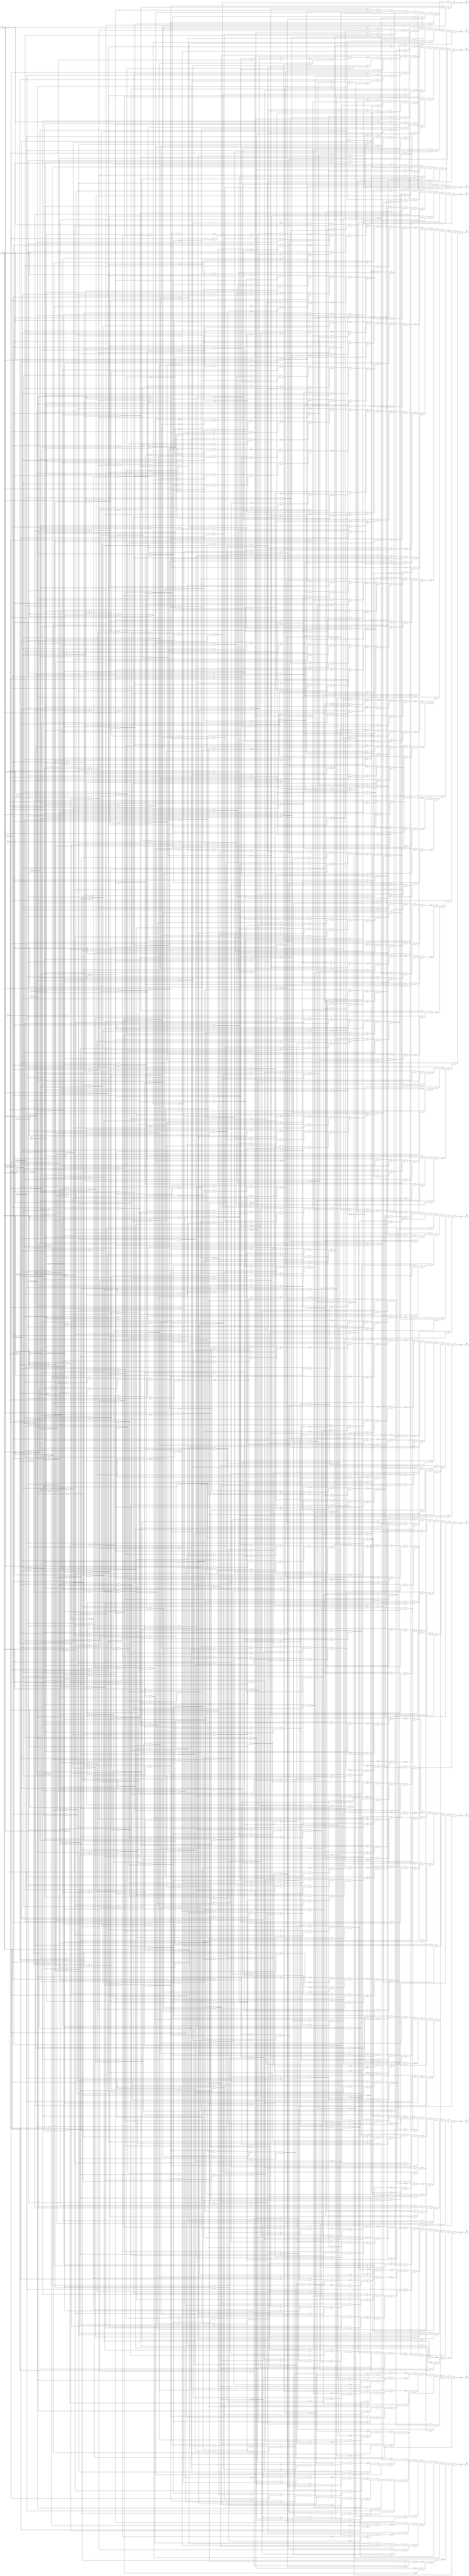
// This program was cloned from: https://github.com/lnis-uofu/OpenFPGA
// License: MIT License

// Benchmark "TOP" written by ABC on Mon Feb  4 17:32:57 2019

module misex3 ( 
    a, b, c, d, e, f, g, h, i, j, k, l, m, n,
    r2, s2, t2, u2, n2, o2, p2, q2, h2, i2, j2, k2, m2, l2  );
  input  a, b, c, d, e, f, g, h, i, j, k, l, m, n;
  output r2, s2, t2, u2, n2, o2, p2, q2, h2, i2, j2, k2, m2, l2;
  wire n42, n43, n44, n45, n46, n47, n48, n49, n50, n51, n52, n53, n54, n55,
    n56, n57, n58, n59, n60, n61, n62, n63, n64, n65, n66, n67, n68, n69,
    n70, n71, n72, n73, n74, n75, n76, n77, n78, n79, n80, n81, n82, n83,
    n84, n85, n86, n87, n88, n89, n90, n91, n92, n93, n94, n95, n96, n97,
    n98, n99, n100, n101, n102, n103, n104, n105, n106, n107, n108, n109,
    n110, n111, n112, n113, n114, n115, n116, n117, n118, n119, n120, n121,
    n122, n123, n124, n125, n126, n127, n128, n129, n130, n131, n132, n133,
    n134, n135, n136, n137, n138, n139, n140, n141, n142, n143, n144, n145,
    n146, n147, n148, n149, n150, n151, n152, n153, n154, n155, n156, n157,
    n158, n159, n160, n161, n162, n163, n164, n165, n166, n167, n168, n169,
    n170, n171, n172, n173, n174, n175, n176, n177, n178, n179, n180, n181,
    n182, n183, n184, n185, n186, n187, n188, n189, n190, n191, n192, n193,
    n194, n195, n196, n197, n198, n199, n200, n201, n202, n203, n204, n205,
    n206, n207, n208, n209, n210, n211, n212, n213, n214, n215, n216, n217,
    n218, n219, n220, n221, n222, n223, n224, n225, n226, n227, n228, n229,
    n230, n231, n232, n233, n234, n235, n236, n237, n238, n239, n240, n241,
    n242, n243, n244, n245, n246, n247, n248, n249, n250, n251, n252, n253,
    n254, n255, n256, n257, n258, n259, n260, n261, n262, n263, n264, n265,
    n266, n267, n268, n269, n270, n271, n272, n273, n274, n275, n276, n277,
    n278, n279, n280, n281, n282, n283, n284, n285, n286, n287, n288, n289,
    n290, n291, n292, n293, n294, n295, n296, n297, n298, n299, n300, n301,
    n302, n303, n304, n305, n306, n307, n308, n309, n310, n311, n312, n313,
    n314, n315, n316, n317, n318, n319, n320, n321, n322, n323, n324, n325,
    n326, n327, n328, n329, n330, n331, n332, n333, n334, n335, n336, n337,
    n338, n339, n340, n341, n342, n343, n344, n345, n346, n347, n348, n349,
    n350, n351, n352, n353, n354, n355, n356, n357, n358, n359, n360, n361,
    n362, n363, n364, n365, n366, n367, n368, n369, n370, n371, n372, n373,
    n374, n375, n376, n377, n378, n379, n380, n381, n382, n383, n384, n385,
    n386, n387, n388, n389, n390, n391, n392, n393, n394, n395, n396, n397,
    n398, n399, n400, n401, n402, n403, n404, n405, n406, n407, n408, n409,
    n410, n411, n412, n413, n414, n415, n416, n417, n418, n419, n420, n421,
    n422, n423, n424, n425, n426, n427, n428, n429, n430, n431, n432, n433,
    n434, n435, n436, n437, n438, n439, n440, n441, n442, n443, n444, n445,
    n446, n447, n448, n449, n450, n451, n452, n453, n454, n455, n456, n457,
    n458, n459, n460, n461, n462, n463, n464, n465, n466, n467, n468, n469,
    n470, n471, n472, n473, n474, n475, n476, n477, n478, n479, n480, n481,
    n482, n483, n484, n485, n486, n487, n488, n489, n490, n491, n492, n493,
    n494, n495, n496, n497, n498, n499, n500, n501, n502, n503, n504, n505,
    n506, n507, n508, n509, n510, n511, n512, n513, n514, n515, n516, n517,
    n518, n519, n520, n521, n522, n523, n524, n525, n526, n527, n528, n529,
    n530, n531, n532, n533, n534, n535, n536, n537, n538, n539, n540, n541,
    n542, n543, n544, n545, n546, n547, n548, n549, n550, n551, n552, n553,
    n554, n555, n556, n557, n558, n559, n560, n561, n562, n563, n564, n565,
    n566, n567, n568, n569, n570, n571, n572, n573, n574, n575, n576, n577,
    n578, n579, n580, n581, n582, n583, n584, n585, n586, n587, n588, n589,
    n590, n591, n592, n593, n594, n595, n596, n597, n598, n599, n600, n601,
    n602, n603, n604, n605, n606, n607, n608, n609, n610, n611, n612, n613,
    n614, n615, n616, n617, n618, n619, n620, n621, n622, n623, n624, n625,
    n626, n627, n628, n629, n630, n631, n632, n633, n634, n635, n636, n637,
    n638, n639, n640, n641, n642, n643, n644, n645, n646, n647, n648, n649,
    n650, n651, n652, n653, n654, n655, n656, n657, n658, n659, n660, n661,
    n662, n663, n664, n665, n666, n667, n668, n669, n670, n671, n672, n673,
    n674, n675, n676, n677, n678, n679, n680, n681, n682, n683, n684, n685,
    n686, n687, n688, n689, n690, n691, n692, n693, n694, n695, n696, n697,
    n698, n699, n700, n701, n702, n703, n704, n705, n706, n707, n708, n709,
    n710, n711, n712, n713, n714, n715, n716, n717, n718, n719, n720, n721,
    n722, n723, n724, n725, n726, n727, n728, n729, n730, n731, n732, n733,
    n734, n735, n736, n737, n738, n739, n740, n741, n742, n743, n744, n745,
    n746, n747, n748, n749, n750, n751, n752, n753, n754, n755, n756, n757,
    n758, n759, n760, n761, n762;
  assign r2 = ~n293;
  assign s2 = ~n74;
  assign t2 = ~n217;
  assign u2 = ~n148;
  assign n2 = ~n68;
  assign o2 = ~n62;
  assign p2 = ~n388;
  assign q2 = ~n349;
  assign h2 = ~n56;
  assign i2 = ~n569;
  assign j2 = ~n55;
  assign k2 = ~n50;
  assign m2 = ~n456;
  assign l2 = ~n757 | ~n759 | n46 | ~n747 | n44 | n45 | n42 | n43;
  assign n42 = f & (~n680 | ~n739 | ~n740);
  assign n43 = ~f & (n475 | n476 | ~n735);
  assign n44 = ~n & (~n722 | ~n724 | ~n728);
  assign n45 = n & (~n518 | ~n730 | ~n731);
  assign n46 = n548 | ~n744 | n544 | n547 | n542 | ~n543 | ~n540 | n541;
  assign n47 = n675 | n676 | n372 | i | l;
  assign n48 = n438 | n549 | n189;
  assign n49 = n434 & n662 & n661 & n51 & n437 & n439;
  assign n50 = n49 & n47 & n48;
  assign n51 = n657 & n573 & n656 & n431 & n425 & n428;
  assign n52 = n443 & n442 & n440 & n441;
  assign n53 = n675 | n189 | n438;
  assign n54 = n179 | n480 | n550 | n551;
  assign n55 = n54 & n53 & n51 & n52;
  assign n56 = n579 & n578 & n577 & n576 & n575 & n574 & n572 & n573;
  assign n57 = (n95 | n408) & (n409 | n88);
  assign n58 = n96 | n121;
  assign n59 = n648 & ~n404 & n361 & n402;
  assign n60 = n83 | n317;
  assign n61 = (n362 | n300) & (n363 | n426);
  assign n62 = ~n416 & ~n415 & ~n414 & n61 & n60 & n59 & n57 & n58;
  assign n63 = j | n243 | n119 | n591;
  assign n64 = (n177 | n362) & (n684 | n409);
  assign n65 = ~n297 & (n95 | n253 | n298);
  assign n66 = n620 & n619 & n572 & n618 & n617 & n69 & n574 & n211;
  assign n67 = ~n422 & (n591 | (n710 & n711));
  assign n68 = ~n420 & ~n419 & n67 & n66 & n65 & n64 & n59 & n63;
  assign n69 = n92 | n407 | n91;
  assign n70 = n595 | n92;
  assign n71 = n264 | ~d | n248;
  assign n72 = n701 & (n236 | n79);
  assign n73 = n232 & (n152 | n632);
  assign n74 = ~n267 & ~n266 & ~n265 & n73 & n72 & n71 & n69 & n70;
  assign n75 = ~h | ~k;
  assign n76 = n75 | l;
  assign n77 = n623 | ~n658;
  assign n78 = ~n167 & (n77 | ~n586);
  assign n79 = ~c | n459;
  assign n80 = e | n521;
  assign n81 = n612 & n302;
  assign n82 = n81 & n79 & n80;
  assign n83 = ~k | n199;
  assign n84 = m | j | ~l;
  assign n85 = n83 & (~n | n84);
  assign n86 = n684 | n83;
  assign n87 = (n192 | n605) & (n206 | n604);
  assign n88 = ~g | n603;
  assign n89 = n86 & n87 & (n85 | n88);
  assign n90 = (n110 | n156) & (n113 | n275);
  assign n91 = ~i | n538;
  assign n92 = ~a | n521;
  assign n93 = n90 & (n91 | n92);
  assign n94 = ~g | n600;
  assign n95 = n285 & n397;
  assign n96 = ~k | n167;
  assign n97 = n96 | n94 | n95;
  assign n98 = n601 | n199;
  assign n99 = ~i | n368;
  assign n100 = n98 & (~n | n99);
  assign n101 = ~h | n538;
  assign n102 = ~n | n129;
  assign n103 = h | n538;
  assign n104 = (n100 | n103) & (n101 | n102);
  assign n105 = ~g | n249;
  assign n106 = h | n197;
  assign n107 = (n100 | n106) & (n102 | n105);
  assign n108 = ~k | n179;
  assign n109 = n108 & (n | n84);
  assign n110 = n608 & n287 & n607;
  assign n111 = (n101 | n92) & (n110 | n105);
  assign n112 = n135 | n119;
  assign n113 = n218 & n295;
  assign n114 = ~g | n393;
  assign n115 = n112 & n111 & (n113 | n114);
  assign n116 = (n110 | n164) & (n113 | n189);
  assign n117 = e | n609;
  assign n118 = n116 & (n92 | n117);
  assign n119 = ~a | n271;
  assign n120 = ~e | n609;
  assign n121 = n118 & (n119 | n120);
  assign n122 = (n110 | n106) & (n113 | n202);
  assign n123 = n122 & (n92 | n103);
  assign n124 = n153 | n399;
  assign n125 = ~n610 | ~g | n237;
  assign n126 = j | n154;
  assign n127 = ~i | n609;
  assign n128 = n124 & n125 & (n126 | n127);
  assign n129 = n401 & n512 & n527 & n760;
  assign n130 = (n106 | n99) & (n129 | n105);
  assign n131 = n519 | ~i | n121;
  assign n132 = (n123 | n588) & (n95 | n128);
  assign n133 = ~e | n271;
  assign n134 = n131 & n132 & (n130 | n133);
  assign n135 = ~h | n243;
  assign n136 = h | n243;
  assign n137 = (n100 | n136) & (n135 | n102);
  assign n138 = ~n137 & (~n625 | (b & ~n479));
  assign n139 = ~n89 & (~n325 | ~n606);
  assign n140 = ~n167 & (~n683 | (~n121 & ~n601));
  assign n141 = ~n95 & (~n687 | (~n96 & ~n127));
  assign n142 = n133 | n601 | n179 | n106;
  assign n143 = n590 | n591;
  assign n144 = n136 | n587 | n588;
  assign n145 = ~n139 & ~n140 & (n | n134);
  assign n146 = (n93 | n591) & (n104 | n616);
  assign n147 = n688 & (n107 | n269);
  assign n148 = n147 & n146 & n145 & n144 & n143 & n142 & n66 & ~n138;
  assign n149 = n689 | n108;
  assign n150 = (n372 | n193) & (n613 | n624);
  assign n151 = ~f | n603;
  assign n152 = n149 & n150 & (n109 | n151);
  assign n153 = ~m | n611;
  assign n154 = ~l | ~m;
  assign n155 = n153 & (i | n154);
  assign n156 = ~i | n197;
  assign n157 = j | n197;
  assign n158 = n156 & n157;
  assign n159 = (n155 | n105) & (n158 | n589);
  assign n160 = n690 & (n164 | n126);
  assign n161 = n644 & n647;
  assign n162 = i | n197;
  assign n163 = n159 & n160 & (n161 | n162);
  assign n164 = g | n249;
  assign n165 = (n164 | n96) & (n | n163);
  assign n166 = n75 | ~m | n;
  assign n167 = ~m | n;
  assign n168 = ~l | ~h | j;
  assign n169 = n166 & (n167 | n168);
  assign n170 = ~f | n243;
  assign n171 = ~e | n196;
  assign n172 = (n169 | n171) & (~n78 | n170);
  assign n173 = n196 | d | n169;
  assign n174 = d | n197;
  assign n175 = n173 & (~n78 | n174);
  assign n176 = j | n75;
  assign n177 = n176 & (i | n75);
  assign n178 = n299 & n300 & n76 & n177;
  assign n179 = m | n;
  assign n180 = j | n603;
  assign n181 = ~l | n179;
  assign n182 = (n180 | n181) & (n178 | n179);
  assign n183 = ~e | n615;
  assign n184 = ~n | n183;
  assign n185 = (n99 | n184) & (n98 | n183);
  assign n186 = ~n184 & ~n761 & (~n114 | ~n189);
  assign n187 = ~n186 & (n185 | (n202 & n676));
  assign n188 = n183 | n391;
  assign n189 = g | n393;
  assign n190 = n187 & (n188 | (n114 & n189));
  assign n191 = (n206 | n624) & (n689 | n83);
  assign n192 = k | n199;
  assign n193 = ~j | n249;
  assign n194 = n191 & (n192 | n193);
  assign n195 = n194 & (n85 | n151);
  assign n196 = ~f | g;
  assign n197 = ~f | ~g;
  assign n198 = (n169 | n196) & (~n78 | n197);
  assign n199 = m | ~n;
  assign n200 = ~l | n199;
  assign n201 = (n180 | n200) & (n178 | n199);
  assign n202 = h | n570;
  assign n203 = (n100 | n202) & (n102 | n114);
  assign n204 = n203 & (n201 | (n170 & n171));
  assign n205 = n691 & n692 & (n85 | n314);
  assign n206 = l | n199;
  assign n207 = ~k | n393;
  assign n208 = n89 & n205 & (n206 | n207);
  assign n209 = ~n152 & (~n133 | ~n430);
  assign n210 = n595 | n599;
  assign n211 = n595 | n353;
  assign n212 = n693 & (~e | n195 | n324);
  assign n213 = ~n209 & (n285 | (n165 & n595));
  assign n214 = n208 | n315;
  assign n215 = (n172 | n119) & (n175 | n287);
  assign n216 = n694 & (n182 | n302);
  assign n217 = n216 & n190 & n215 & n214 & n213 & n212 & n210 & n211;
  assign n218 = ~a | n560;
  assign n219 = n167 | n218;
  assign n220 = (n168 | n219) & (n218 | n166);
  assign n221 = ~n658 | ~n586 | n623;
  assign n222 = ~f & ~n538;
  assign n223 = ~n219 & n221 & (n222 | ~n261);
  assign n224 = e | n488;
  assign n225 = e | n196;
  assign n226 = ~n223 & (n220 | (n224 & n225));
  assign n227 = n393 | ~j | n372;
  assign n228 = (n613 | n207) & (n109 | n314);
  assign n229 = n640 & n643;
  assign n230 = n227 & n228 & (n229 | n108);
  assign n231 = ~e | n626;
  assign n232 = n190 & n226 & (n230 | n231);
  assign n233 = ~n83 & (~n252 | ~n639);
  assign n234 = (n192 | n322) & (n256 | n206);
  assign n235 = g | n603;
  assign n236 = ~n233 & n234 & (n85 | n235);
  assign n237 = k | n154;
  assign n238 = (i | n161) & (~j | n237);
  assign n239 = ~n591 & (~n91 | (~j & ~n538));
  assign n240 = ~n239 & (n | (n699 & n700));
  assign n241 = n165 & n240 & (n96 | n117);
  assign n242 = ~i | n243;
  assign n243 = ~e | ~g;
  assign n244 = n242 & (j | n243);
  assign n245 = n96 | n120;
  assign n246 = n697 & (n120 | n126);
  assign n247 = n696 & n695 & (n244 | n589);
  assign n248 = n245 & (n | (n246 & n247));
  assign n249 = ~f | ~h;
  assign n250 = n249 | n102 | e;
  assign n251 = n629 & n88;
  assign n252 = j | n609;
  assign n253 = i | n602;
  assign n254 = ~g | n360;
  assign n255 = n254 & n253 & n251 & n252;
  assign n256 = g | n75;
  assign n257 = n698 & (n376 | (n628 & n649));
  assign n258 = (n94 | n96) & (n629 | n630);
  assign n259 = ~l | n167;
  assign n260 = n257 & n258 & (n255 | n259);
  assign n261 = ~f | n538;
  assign n262 = (n169 | n225) & (~n78 | n261);
  assign n263 = ~n260 & (~n655 | (d & ~n524));
  assign n264 = a | ~b;
  assign n265 = ~n201 & (~n325 | (~n261 & ~n616));
  assign n266 = ~n352 & (~n262 | n263);
  assign n267 = ~n526 & (~n250 | (~n100 & ~n631));
  assign n268 = n344 & (n83 | n633);
  assign n269 = ~b | n598;
  assign n270 = n268 & (n194 | n269);
  assign n271 = ~c | d;
  assign n272 = n79 & (~f | n271);
  assign n273 = (n100 | n634) & (n164 | n102);
  assign n274 = n273 & n107;
  assign n275 = ~i | n570;
  assign n276 = j | n570;
  assign n277 = n275 & n276;
  assign n278 = (n155 | n114) & (n277 | n589);
  assign n279 = n749 & (n189 | n126);
  assign n280 = i | n570;
  assign n281 = n278 & n279 & (n161 | n280);
  assign n282 = (n96 | n189) & (n | n281);
  assign n283 = n286 | g | n169;
  assign n284 = n283 & (d | ~n78 | n243);
  assign n285 = ~e | n264;
  assign n286 = d | ~e;
  assign n287 = c | ~a | ~b;
  assign n288 = n285 & (n286 | n287);
  assign n289 = (n236 | n635) & (n104 | n616);
  assign n290 = (n260 | n288) & (n284 | ~n545);
  assign n291 = n107 | n315;
  assign n292 = (n182 | n272) & (n274 | n625);
  assign n293 = n292 & n291 & n290 & n289 & n270 & n232;
  assign n294 = n123 & (n119 | n136);
  assign n295 = n596 & n594;
  assign n296 = n112 & n111 & (n295 | n114);
  assign n297 = ~n636 & (~n355 | (~n167 & ~n296));
  assign n298 = n | n126;
  assign n299 = ~h | n360;
  assign n300 = ~k | n603;
  assign n301 = n180 & n300 & n299 & n176;
  assign n302 = ~c | n524;
  assign n303 = n302 & (~c | n196);
  assign n304 = (n113 | n646) & (~j | n645);
  assign n305 = ~j | n197;
  assign n306 = n304 & (n110 | n305);
  assign n307 = n121 & (n95 | n94);
  assign n308 = ~n95 & ~n644 & (~n88 | ~n660);
  assign n309 = ~n308 & (n329 | n339 | n435);
  assign n310 = (n118 | n126) & (n306 | n237);
  assign n311 = ~l | n519;
  assign n312 = n309 & n310 & (n307 | n311);
  assign n313 = n183 & n390;
  assign n314 = f | n603;
  assign n315 = ~b | n286;
  assign n316 = (n314 | n315) & (n313 | n235);
  assign n317 = n633 & n316;
  assign n318 = (n80 & (~n | n371)) | (n & n371);
  assign n319 = (n88 | n318) & (~n | n317);
  assign n320 = n393 | ~j | n315;
  assign n321 = n269 | n193;
  assign n322 = ~j | n609;
  assign n323 = n320 & n321 & (n313 | n322);
  assign n324 = b | ~c;
  assign n325 = ~f | n324;
  assign n326 = (n315 | n643) & (n313 | n252);
  assign n327 = j | n249;
  assign n328 = n326 & (n269 | n327);
  assign n329 = ~h | n621;
  assign n330 = n328 & (n325 | n329);
  assign n331 = (n316 | n84) & (n330 | n435);
  assign n332 = m | k | ~l;
  assign n333 = n331 & (n323 | n332);
  assign n334 = (n315 | n640) & (n313 | n639);
  assign n335 = i | n249;
  assign n336 = n334 & (n269 | n335);
  assign n337 = ~n199 & (~n336 | (~n253 & ~n371));
  assign n338 = ~n337 & (n80 | n179 | n253);
  assign n339 = n303 & n637;
  assign n340 = (n339 | n181) & (n325 | n200);
  assign n341 = ~n318 & (~n704 | (~n332 & ~n605));
  assign n342 = n243 | n490 | ~j | n119;
  assign n343 = n298 | n119 | n120;
  assign n344 = n633 | ~n | n84;
  assign n345 = n705 & (n301 | n340);
  assign n346 = n65 & (n319 | n435);
  assign n347 = (n312 & (~n | n333)) | (n & n333);
  assign n348 = (n682 | n641) & (n338 | n433);
  assign n349 = n348 & n347 & n346 & n345 & n344 & n343 & ~n341 & n342;
  assign n350 = (n113 | n280) & (i | n645);
  assign n351 = n350 & (n110 | n162);
  assign n352 = ~a | n324;
  assign n353 = ~b | n597;
  assign n354 = n353 & n287 & n352;
  assign n355 = n114 | n219;
  assign n356 = (n599 | n105) & (n295 | n114);
  assign n357 = n112 & (n92 | (n105 & n101));
  assign n358 = n355 & (n167 | (n356 & n357));
  assign n359 = n707 & (n285 | n630 | n605);
  assign n360 = ~j | k;
  assign n361 = n359 & (n358 | n360);
  assign n362 = (n339 | n179) & (n325 | n199);
  assign n363 = (n339 | n108) & (n325 | n83);
  assign n364 = ~n88 & (~n706 | (~n167 & ~n433));
  assign n365 = ~n364 & (n629 | (n259 & n630));
  assign n366 = n365 & (n96 | n322);
  assign n367 = n519 | n | n121;
  assign n368 = ~k | m;
  assign n369 = (n253 | n318) & (~n | n336);
  assign n370 = n367 & (n368 | (n369 & n319));
  assign n371 = n395 & n315 & n606;
  assign n372 = k | n179;
  assign n373 = (n372 | n80) & (n371 | n192);
  assign n374 = ~i | k | ~l | n167;
  assign n375 = ~k | ~n610;
  assign n376 = l | n167;
  assign n377 = n374 & (n375 | (n376 & n259));
  assign n378 = ~j | n603;
  assign n379 = n378 & n329;
  assign n380 = n644 | n587 | n627;
  assign n381 = n647 | n587 | n627;
  assign n382 = n351 | n | n161;
  assign n383 = (n294 | n377) & (n363 | n379);
  assign n384 = n373 | n605;
  assign n385 = (n95 | n366) & (~j | n370);
  assign n386 = n362 | n299;
  assign n387 = n361 & (n323 | n192);
  assign n388 = n387 & n386 & n385 & n384 & n383 & n382 & n380 & n381;
  assign n389 = ~n372 & (~n303 | ~n637);
  assign n390 = n635 & n638;
  assign n391 = ~n | n401;
  assign n392 = n188 & (n390 | n391);
  assign n393 = f | ~h;
  assign n394 = (n393 | n315) & (n249 | n269);
  assign n395 = n616 & n625;
  assign n396 = e | n324;
  assign n397 = ~b | n524;
  assign n398 = n397 & n396 & n395 & n315;
  assign n399 = ~i | n602;
  assign n400 = (n398 | n399) & (~i | n394);
  assign n401 = m | n360;
  assign n402 = n399 | n | n80 | n401;
  assign n403 = h & n610;
  assign n404 = n403 & (n389 | (~n192 & ~n325));
  assign n405 = n253 | n641;
  assign n406 = (n256 | n167) & (n376 | n176);
  assign n407 = n | n592;
  assign n408 = n405 & n406 & (n407 | n399);
  assign n409 = (n108 | n80) & (n371 | n83);
  assign n410 = i & ~n394;
  assign n411 = n & (n410 | (~n127 & ~n313));
  assign n412 = j | i;
  assign n413 = n412 | ~k | n259;
  assign n414 = ~n115 & (~n413 | (n77 & ~n167));
  assign n415 = ~n527 & (n411 | (~n318 & ~n399));
  assign n416 = ~n591 & (~n709 | (~n110 & ~n327));
  assign n417 = ~n433 & (~n351 | (~n119 & ~n627));
  assign n418 = ~n311 & ~n & ~n251;
  assign n419 = ~n95 & (n418 | (~n376 & ~n649));
  assign n420 = ~n83 & (~n328 | ~n336);
  assign n421 = i & k;
  assign n422 = ~n167 & (n417 | (~n294 & n421));
  assign n423 = n654 | ~f | n598;
  assign n424 = j | k;
  assign n425 = n259 | n399 | n423 | n424;
  assign n426 = ~h | n600;
  assign n427 = n651 | ~n | n557;
  assign n428 = n427 | n426 | n332;
  assign n429 = n650 | n114 | n181;
  assign n430 = ~e | n521;
  assign n431 = n429 | n430;
  assign n432 = ~n545 | n655;
  assign n433 = ~l | ~j | ~k;
  assign n434 = n399 | n167 | n432 | n433;
  assign n435 = ~l | n368;
  assign n436 = n170 | n526;
  assign n437 = n436 | ~n403 | n435;
  assign n438 = n181 | n375;
  assign n439 = n438 | n231 | n105;
  assign n440 = n652 | n202 | n632;
  assign n441 = ~n653 | n435 | n445;
  assign n442 = n181 | n202 | n430 | ~n473;
  assign n443 = n712 & (n332 | n427 | n378);
  assign n444 = n106 | n613 | n231 | n658;
  assign n445 = h | n621;
  assign n446 = m | k | l;
  assign n447 = n444 & (n436 | n445 | n446);
  assign n448 = n551 | n | n446;
  assign n449 = n448 & (n179 | n127 | n433);
  assign n450 = k | n189 | n181 | n632;
  assign n451 = n332 | n651 | ~h | n224;
  assign n452 = n450 & n451;
  assign n453 = n641 | n654 | n660 | n477;
  assign n454 = n105 | n181 | n549 | n650;
  assign n455 = (n449 | n480) & (n452 | n412);
  assign n456 = n455 & n454 & n453 & n49 & n52 & n447;
  assign n457 = i | n179;
  assign n458 = (~k | n457) & (n179 | ~n412);
  assign n459 = e | ~f;
  assign n460 = a | n526;
  assign n461 = j & ~n630 & (n459 | n460);
  assign n462 = ~n758 & (~h | n438 | ~n479);
  assign n463 = f | ~c | e;
  assign n464 = ~n461 & n462 & (n458 | n463);
  assign n465 = b | n199;
  assign n466 = n200 & n83 & n465 & n298;
  assign n467 = (b | n200) & (c | n181);
  assign n468 = ~n167 & (~n737 | (~b & ~n479));
  assign n469 = h | j | n199;
  assign n470 = (j | n83) & (~i | n663);
  assign n471 = ~j | n199;
  assign n472 = n469 & n470 & (~h | n471);
  assign n473 = ~k & n610;
  assign n474 = n473 & b & ~n199;
  assign n475 = ~h & (n474 | (~i & ~n206));
  assign n476 = ~n673 & (~n521 | (~e & n324));
  assign n477 = f | n659;
  assign n478 = n477 & (f | a | e);
  assign n479 = c | d;
  assign n480 = f | n479;
  assign n481 = n669 | c | e;
  assign n482 = b | e | ~n | n669;
  assign n483 = n375 | ~n615 | ~h | n259;
  assign n484 = (d | n734) & (n457 | n480);
  assign n485 = n199 | n675;
  assign n486 = ~n762 & n485 & n484 & n483 & n481 & n482;
  assign n487 = c & ~n655;
  assign n488 = f | g;
  assign n489 = b | n488;
  assign n490 = n | n237;
  assign n491 = (j | n490) & (n199 | ~n626);
  assign n492 = ~n199 & (~n741 | (~j & ~n525));
  assign n493 = n742 & (n670 | n671);
  assign n494 = ~n492 & ~n756 & (i | n491);
  assign n495 = n493 & n494 & (n457 | n271);
  assign n496 = c | n488;
  assign n497 = n664 & n463;
  assign n498 = (n106 | n231) & (~j | n497);
  assign n499 = (n716 | n167) & (n498 | n179);
  assign n500 = n496 | n372;
  assign n501 = (n527 | n671) & (n719 | n613);
  assign n502 = n718 & (n436 | (n206 & n192));
  assign n503 = n502 & n501 & n499 & n500;
  assign n504 = ~j & ~n372 & (~n271 | ~n302);
  assign n505 = (b | n199) & (c | n179);
  assign n506 = ~b | ~e | ~n | n666;
  assign n507 = e | n505 | n650;
  assign n508 = (n525 | n471) & (n457 | n479);
  assign n509 = n478 | n167;
  assign n510 = ~n626 | j | n192;
  assign n511 = n510 & n509 & n508 & n507 & ~n504 & n506;
  assign n512 = i | n368;
  assign n513 = m | n603;
  assign n514 = i | m;
  assign n515 = n512 & n513 & (~l | n514);
  assign n516 = n253 & n127;
  assign n517 = (n426 | n446) & (n516 | n666);
  assign n518 = n517 & (n401 | n151);
  assign n519 = ~k | ~m;
  assign n520 = n519 & (j | ~m);
  assign n521 = c | ~d;
  assign n522 = n81 & (g | n521);
  assign n523 = ~n311 & n403 & (~n174 | ~n261);
  assign n524 = ~e | f;
  assign n525 = b | n524;
  assign n526 = ~d | n615;
  assign n527 = j | n368;
  assign n528 = n99 & n527;
  assign n529 = n717 & (h | n524 | n636);
  assign n530 = (n521 | n525) & (~j | n716);
  assign n531 = (i | n432) & (n254 | n665);
  assign n532 = n634 & n550 & (n135 | n650);
  assign n533 = n532 & n531 & n529 & n530;
  assign n534 = ~c & ~n524;
  assign n535 = (~n180 | ~n628) & (~n463 | n534);
  assign n536 = ~j & (~n660 | (~n156 & ~n231));
  assign n537 = n396 & (a | c | e);
  assign n538 = e | ~g;
  assign n539 = ~n162 & (~n108 | ~n181);
  assign n540 = n375 | n259 | n114;
  assign n541 = ~n489 & (~n206 | ~n663);
  assign n542 = ~n613 & (~n497 | (~c & ~n660));
  assign n543 = n438 | n101;
  assign n544 = ~n231 & (n539 | (~n156 & ~n613));
  assign n545 = a & ~n615;
  assign n546 = n545 & ~n655 & (~n630 | ~n672);
  assign n547 = ~n457 & (~n631 | (~n105 & ~n231));
  assign n548 = ~n179 & (n535 | n536 | ~n715);
  assign n549 = ~e | n479;
  assign n550 = l | n424;
  assign n551 = i | g | h;
  assign n552 = n112 | n155 | n;
  assign n553 = n119 | n245;
  assign n554 = f | n167;
  assign n555 = (n168 | n554) & (f | n166);
  assign n556 = n555 | ~e | g;
  assign n557 = f | n243;
  assign n558 = n556 & (~n78 | n557);
  assign n559 = ~n99 & ~g & n;
  assign n560 = ~b | ~d;
  assign n561 = (n203 | n560) & (n526 | ~n748);
  assign n562 = (n175 | n287) & (n282 | n594);
  assign n563 = n236 | n638;
  assign n564 = (n352 | n558) & (~e | n561);
  assign n565 = n608 | n172;
  assign n566 = n677 & n553 & n552 & n342 & n143 & n63;
  assign n567 = n226 & n270 & (n89 | n625);
  assign n568 = n750 & n752 & n656 & n661 & n441 & n657 & n440 & n662;
  assign n569 = n568 & n567 & n447 & n566 & n565 & n564 & n562 & n563;
  assign n570 = f | ~g;
  assign n571 = (g | n555) & (~n78 | n570);
  assign n572 = n595 | n352;
  assign n573 = n652 | n106 | n549;
  assign n574 = n593 | n596;
  assign n575 = n626 | ~a | n262;
  assign n576 = n571 | ~d | ~n545;
  assign n577 = n753 & (n654 | (n175 & n248));
  assign n578 = n282 | n596;
  assign n579 = n566 & (n165 | n352);
  assign n580 = l | ~n421;
  assign n581 = ~l | ~h | i;
  assign n582 = (~l & n622) | (n603 & (l | n622));
  assign n583 = ~h | n611;
  assign n584 = ~l | n360;
  assign n585 = ~l | n621;
  assign n586 = n585 & n584 & n583 & n582 & n580 & n581;
  assign n587 = n | n119;
  assign n588 = ~i | n154;
  assign n589 = l | n519;
  assign n590 = n119 | n242;
  assign n591 = n | n589;
  assign n592 = j | n519;
  assign n593 = n407 | n275;
  assign n594 = ~a | n286;
  assign n595 = n156 | n407;
  assign n596 = ~e | ~a | ~c;
  assign n597 = d | a;
  assign n598 = ~d | e;
  assign n599 = ~a | n598;
  assign n600 = ~i | j;
  assign n601 = ~l | n600;
  assign n602 = ~g | ~h;
  assign n603 = h | ~i;
  assign n604 = ~g | n75;
  assign n605 = ~j | n602;
  assign n606 = n396 & n397;
  assign n607 = n599 & n353;
  assign n608 = n92 & n352;
  assign n609 = g | ~h;
  assign n610 = i & j;
  assign n611 = ~j | l;
  assign n612 = ~f | n521;
  assign n613 = l | n179;
  assign n614 = ~g | ~n421;
  assign n615 = ~b | ~c;
  assign n616 = d | n615;
  assign n617 = n590 | n407;
  assign n618 = n593 | n594;
  assign n619 = n97 & n70 & n210;
  assign n620 = (n595 | n287) & (n593 | n218);
  assign n621 = i | ~j;
  assign n622 = j | ~k;
  assign n623 = k & ~n600;
  assign n624 = ~k | n249;
  assign n625 = ~b | n521;
  assign n626 = ~c | ~d;
  assign n627 = i | n243;
  assign n628 = n614 & n605;
  assign n629 = ~g | n621;
  assign n630 = k | n167;
  assign n631 = h | n459;
  assign n632 = e | n626;
  assign n633 = n269 | n151;
  assign n634 = h | n196;
  assign n635 = ~b | n459;
  assign n636 = ~l | n412;
  assign n637 = n612 & n272;
  assign n638 = ~f | n560;
  assign n639 = i | n609;
  assign n640 = i | n393;
  assign n641 = n622 | ~l | n167;
  assign n642 = j | n602;
  assign n643 = j | n393;
  assign n644 = ~j | n154;
  assign n645 = n538 | n92;
  assign n646 = ~j | n570;
  assign n647 = ~m | n360;
  assign n648 = (n392 | n127) & (n400 | n391);
  assign n649 = ~g | n622;
  assign n650 = k | n600;
  assign n651 = b | n626;
  assign n652 = n621 | ~k | n181;
  assign n653 = n222 & ~n526;
  assign n654 = a | n615;
  assign n655 = ~f | ~d | ~e;
  assign n656 = ~n653 | n332 | n426;
  assign n657 = n632 | n429;
  assign n658 = k | n621;
  assign n659 = d | e;
  assign n660 = i | ~g | h;
  assign n661 = n445 | n435 | n427;
  assign n662 = n430 | n202 | n652;
  assign n663 = n83 & n471;
  assign n664 = ~g | n479;
  assign n665 = a | n598;
  assign n666 = m | n424;
  assign n667 = ~h | n514;
  assign n668 = k | n514;
  assign n669 = h | n514;
  assign n670 = m | n600;
  assign n671 = n | n479;
  assign n672 = h | n167;
  assign n673 = g | n199;
  assign n674 = h & ~n650;
  assign n675 = e | n479;
  assign n676 = h | n488;
  assign n677 = n343 & n144 & n454 & n617 & n381 & n380;
  assign n678 = (e & ~n119) | (~n92 & (~e | ~n119));
  assign n679 = (n479 & n674) | (~g & (~n479 | n674));
  assign n680 = n755 & (i | n466 | h);
  assign n681 = ~n610 | l | n115;
  assign n682 = n590 & n93;
  assign n683 = n681 & (n682 | n584);
  assign n684 = n642 & n253;
  assign n685 = (n684 | n108) & (n109 | n88);
  assign n686 = (n605 | n372) & (n604 | n613);
  assign n687 = (n614 | n376) & (n88 | n259);
  assign n688 = ~n141 & (n82 | (n685 & n686));
  assign n689 = n335 & n327;
  assign n690 = (n588 | n106) & (n237 | n305);
  assign n691 = n229 | n83;
  assign n692 = n393 | ~j | n192;
  assign n693 = ~a | b | ~d | n198;
  assign n694 = (n607 | n165) & (n204 | n625);
  assign n695 = (n161 | n627) & (n155 | n135);
  assign n696 = n243 | ~j | n237;
  assign n697 = (n588 | n136) & (n242 | n592);
  assign n698 = n256 | n167;
  assign n699 = (n155 | n101) & (n238 | n538);
  assign n700 = (n588 | n103) & (n117 | n126);
  assign n701 = (n182 | n612) & (n241 | n92);
  assign n702 = ~n294 & (~n585 | (l & n610));
  assign n703 = ~n95 & (~n252 | ~n254 | ~n256);
  assign n704 = (n84 | n88) & (n642 | n435);
  assign n705 = (n167 | ~n702) & (n259 | ~n703);
  assign n706 = n490 & (n96 | n611);
  assign n707 = n354 | n360 | n167 | n105;
  assign n708 = ~h | j;
  assign n709 = (n113 | n643) & (~n678 | n708);
  assign n710 = (n95 | n88) & (j | n645);
  assign n711 = (n110 | n157) & (n113 | n276);
  assign n712 = n167 | n127 | n584 | n423;
  assign n713 = (d | n525) & (j | n436);
  assign n714 = (b | c) & (n127 | n433);
  assign n715 = (n253 | n463) & (n103 | ~n473);
  assign n716 = n676 & n478;
  assign n717 = a | b;
  assign n718 = n433 | n487 | ~h | n199;
  assign n719 = n496 & ~n534;
  assign n720 = n478 & n665 & n432;
  assign n721 = ~n523 & (g | n520 | n720);
  assign n722 = n721 & (n670 | (n496 & n480));
  assign n723 = (n522 | n669) & (n164 | n666);
  assign n724 = n723 & (n668 | (n202 & n664));
  assign n725 = n231 | n156 | n401;
  assign n726 = n592 | n432;
  assign n727 = n725 & n726 & (n719 | n667);
  assign n728 = n518 & n727 & (n496 | n515);
  assign n729 = (n436 | n667) & (n525 | n528);
  assign n730 = n729 & (n515 | n436);
  assign n731 = (n669 | n397) & (n525 | n668);
  assign n732 = n526 | e | n472;
  assign n733 = n672 | ~n597 | n636;
  assign n734 = n754 & (~h | n438);
  assign n735 = n732 & n733 & (~c | n734);
  assign n736 = n | a | ~g;
  assign n737 = (i | n665) & (~n545 | n659);
  assign n738 = ~n468 & (n311 | ~n403 | n736);
  assign n739 = n738 & (n665 | (n672 & n96));
  assign n740 = (n549 | n673) & (n179 | ~n679);
  assign n741 = n489 & (e | n254);
  assign n742 = ~n629 | k | n206;
  assign n743 = ~n546 & (n537 | n554);
  assign n744 = n743 & (n199 | (n714 & n713));
  assign n745 = (n720 | n376) & (n533 | n167);
  assign n746 = (n192 | n327) & (~i | n503);
  assign n747 = n745 & n746 & (n591 | n445);
  assign n748 = ~h & (n559 | (~n601 & ~n673));
  assign n749 = (n588 | n202) & (n237 | n646);
  assign n750 = n53 & n47 & n618;
  assign n751 = n526 | n102 | n120;
  assign n752 = n751 & (n651 | (n104 & n195));
  assign n753 = n449 | n480;
  assign n754 = ~n473 | h | n179;
  assign n755 = n467 | ~h | n375;
  assign n756 = i & ~k & (~n376 | ~n613);
  assign n757 = (n495 & (~h | n511)) | (h & n511);
  assign n758 = ~h & (~n96 | (c & ~n457));
  assign n759 = (n464 & (~g | n486)) | (g & n486);
  assign n760 = l | n368;
  assign n761 = n760 & n512 & n527;
  assign n762 = n674 & ~n167 & n460;
endmodule